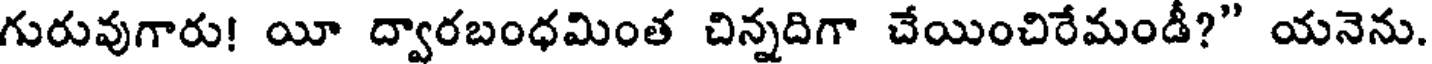
గురువుగారు! యీ ద్వారబంధమింత చిన్నదిగా చేయించిరేమండీ?" యనెను.